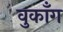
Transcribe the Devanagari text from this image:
वुकाँग